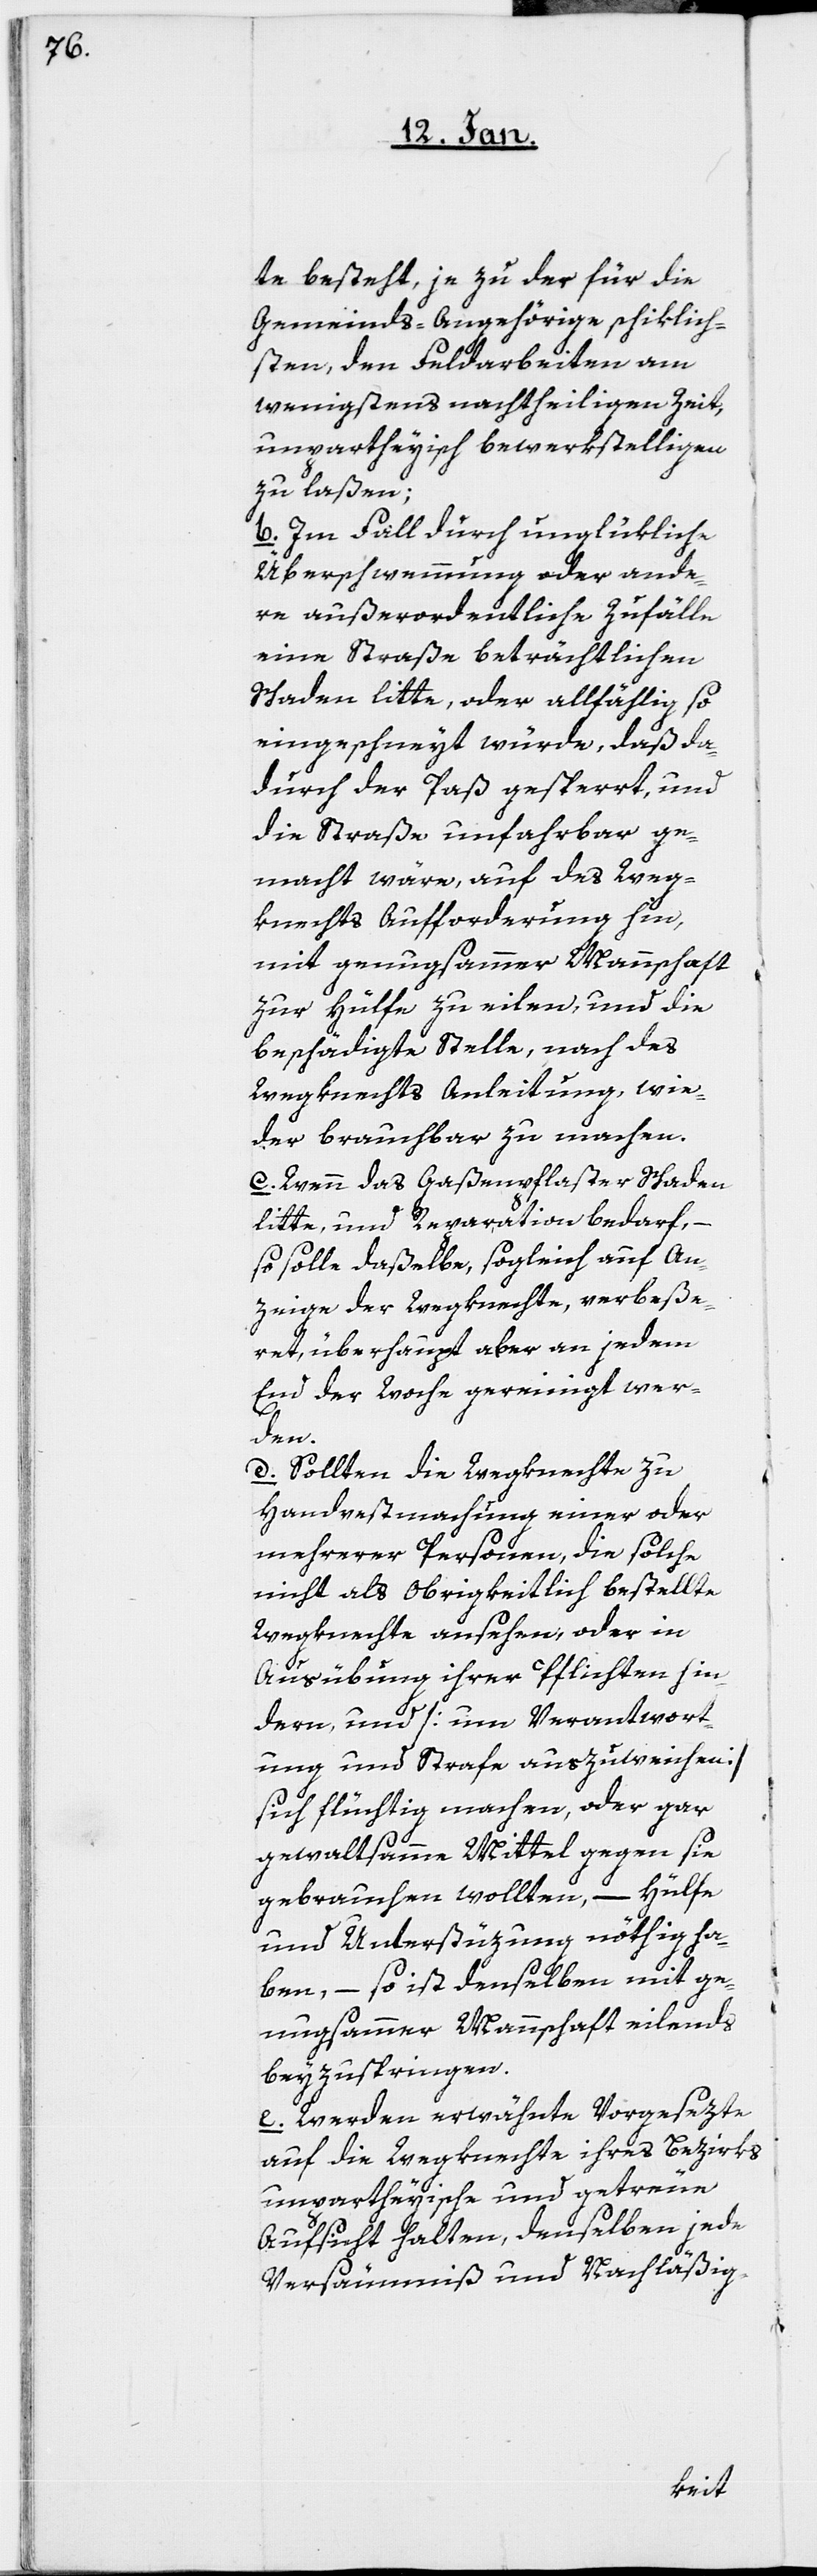
te besteht, je zu der für die
Gemeinds-Angehörige schiklich¬
sten, den Feldarbeiten am
wenigstens nachtheiligen Zeit,
unpartheyisch bewerkstelligen
zu laßen;
b. Im Fall durch unglükliche
Überschwemmung oder ande¬
re außerordentliche Zufälle
eine Straße beträchtlichen
Schaden litte, oder allfählig so
eingeschneyt würde, daß da¬
durch der Paß gesperrt, und
die Straße unfahrbar ge¬
macht wäre, auf des Weg¬
knechts Aufforderung hin,
mit genugsammer Mannschaft
zur Hülfe zu eilen, und die
beschädigte Stelle, nach des
Wegknechts Anleitung, wie¬
der brauchbar zu machen.
c. Wenn das Gaßenpflaster Schaden
litte und Reparation bedarf, –
so solle daßelbe sogleich auf An¬
zeige der Wegknechte verbeße¬
ret, überhaupt aber an jedem
End der Woche gereinigt wer¬
den.
d. Sollten die Wegknechte zu
Handfestmachung einer oder
mehrerer Personen, die solche
nicht als obrigkeitlich bestellte
Wegknechte ansehen, oder in
Ausübung ihrer Pflichten hin¬
dern, und [um Verantwort¬
ung und Strafe auszuweichen]
sich flüchtig machen, oder gar
gewaltsamme Mittel gegen sie
gebrauchen wollten, – Hülfe
und Unterstüzung nöthig ha¬
ben, – so ist denselben mit ge¬
nugsamer Mannschaft eilends
beyzuspringen.
e. Werden erwähnte Vorgesezte
auf die Wegknechte ihres Bezirks
unpartheyische und getreue
Aufscht halten, denselben jede
Versäumniß und Nachläßig-